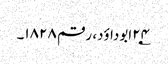
۲۴؂ابوداؤد، رقم ۱۸۲۸۔